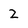
Character: 2